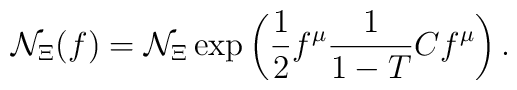
{\cal N}_\Xi(f)={\cal N}_\Xi\exp\left(\frac{1}{2}f^\mu\frac{1}{1-T}Cf^\mu\right).